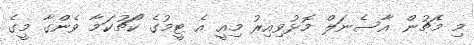
މި މެޗުން އާސެނަލް މޮޅުވިއިރު މިއީ އެ ޓީމުގެ ކޯޗުކަމާ ވެންގާ މީގެ